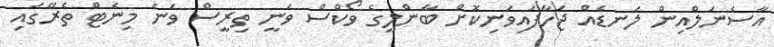
އާސެނަލްއިން ލަނޑެއް ޖަހާފައިވަނިކޮށް ބާންލީގެ ވޯކްސް ވަނީ ތިރީސް ވަނަ މިނެޓް ތެރޭގައި